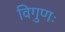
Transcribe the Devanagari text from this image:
विगुणः